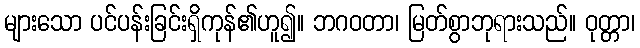
များသော ပင်ပန်းခြင်းရှိကုန်၏ဟူ၍။ ဘဂဝတာ၊ မြတ်စွာဘုရားသည်။ ဝုတ္တာ၊